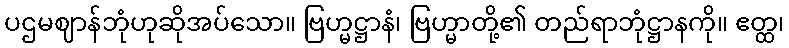
ပဌမဈာန်ဘုံဟုဆိုအပ်သော။ ဗြဟ္မဋ္ဌာနံ၊ ဗြဟ္မာတို့၏ တည်ရာဘုံဋ္ဌာနကို။ ဧတ္ထ၊